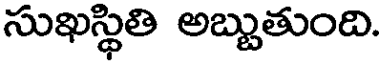
సుఖస్థితి అబ్బుతుంది.